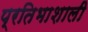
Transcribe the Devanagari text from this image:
प्रतिभाशाली